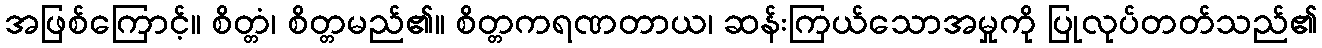
အဖြစ်ကြောင့်။ စိတ္တံ၊ စိတ္တမည်၏။ စိတ္တကရဏတာယ၊ ဆန်းကြယ်သောအမှုကို ပြုလုပ်တတ်သည်၏